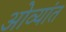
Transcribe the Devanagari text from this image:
ओव्यांत